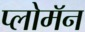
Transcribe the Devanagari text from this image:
प्लोमॅन